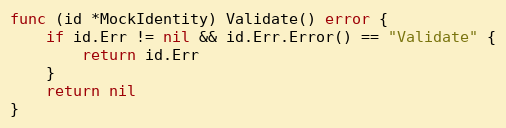
Language: Go
func (id *MockIdentity) Validate() error {
	if id.Err != nil && id.Err.Error() == "Validate" {
		return id.Err
	}
	return nil
}